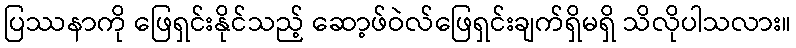
ပြဿနာကို ဖြေရှင်းနိုင်သည့် ဆော့ဖ်ဝဲလ်ဖြေရှင်းချက်ရှိမရှိ သိလိုပါသလား။